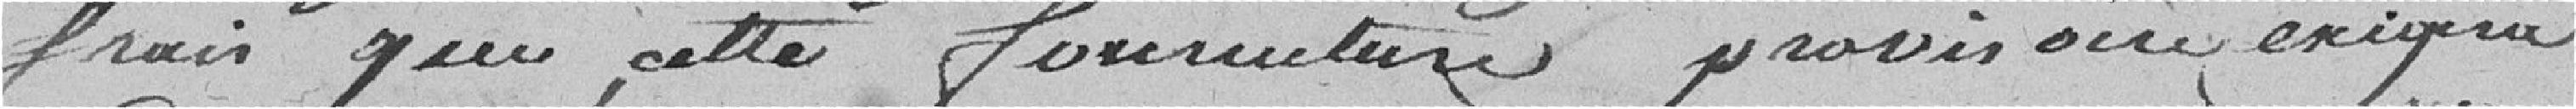
frais que cette fourniture provisoire exigera